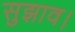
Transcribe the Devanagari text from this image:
सुझाव।